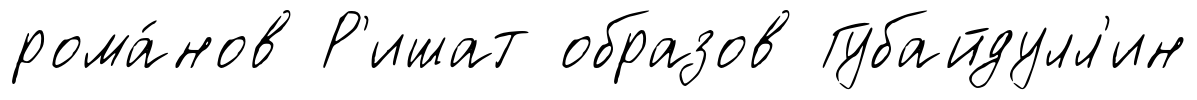
рома́нов Р'ишат образов Губайдулл'ин